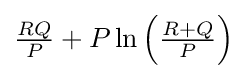
{\textstyle {\frac {RQ}{P}}+P\ln \left({\frac {R+Q}{P}}\right)}